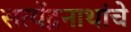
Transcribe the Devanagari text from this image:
सत्येंद्रनाथांचे